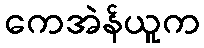
ကေအဲန်ယူက